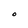
Character: O